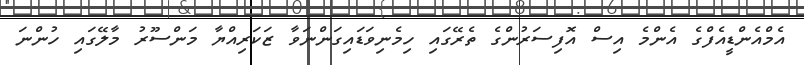
އެމްއެންޑީއެފްގެ އެންމެ އިސް އޮފިސަރުންގެ ތެރޭގައި ހިމެނިވަޑައިގަންނަވާ ޒަކަރިއްޔާ މަންސޫރު މާލޭގައި ހުންނަ